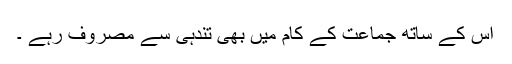
اس کے ساتھ جماعت کے کام میں بھی تندہی سے مصروف رہے ۔